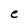
Character: e